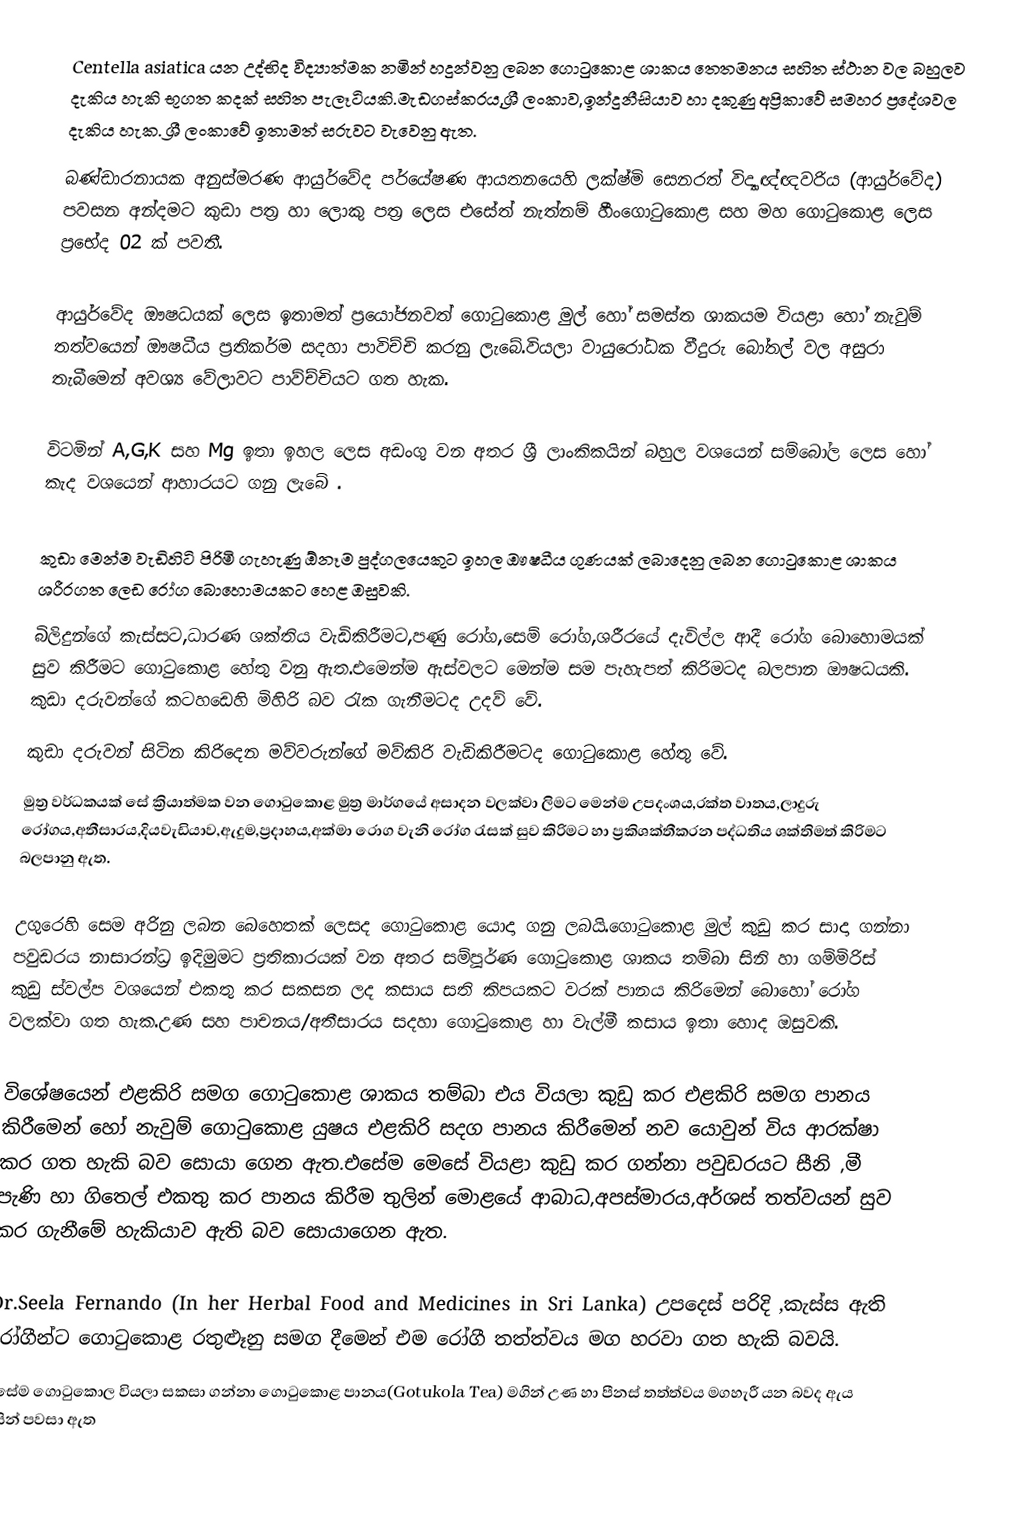
Centella asiatica යන උද්භිද විද්‍යාත්මක නමින් හදුන්වනු ලබන ගොටුකොළ ශාකය තෙතමනය සහිත ස්ථාන වල බහුලව දැකිය හැකි භූගත කදක් සහිත පැලෑටියකි.මැඩගස්කරය,ශ්‍රී ලංකාව,ඉන්දුනීසියාව හා දකුණු අප්‍රිකාවේ සමහර ප්‍රදේශවල  දැකිය හැක. ශ්‍රී ලංකාවේ ඉතාමත් සරුවට වැවෙනු ඇත.
බණ්ඩාරනායක අනුස්මරණ ආයුර්වේද පර්යේෂණ ආයතනයෙහි ලක්ෂ්මි සෙනරත් විද්‍යාඥ්ඥවරිය (ආයුර්වේද) පවසන අන්දමට කුඩා පත්‍ර හා ලොකු පත්‍ර ලෙස එසේත් නැත්නම් හීංගොටුකොළ සහ මහ ගොටුකොළ ලෙස ප්‍රභේද 02 ක් පවතී.

ආයුර්වේද ඖෂධයක් ලෙස ඉතාමත් ප්‍රයෝජනවත් ගොටුකොළ මුල් හෝ සමස්ත ශාකයම වියළා හෝ නැවුම් තත්වයෙන් ඖෂධීය ප්‍රතිකර්ම සදහා පාවිච්චි කරනු ලැබේ.වියලා වායුරෝධක වීදුරු බෝතල් වල අසුරා තැබීමෙන් අවශ්‍ය වේලාවට පාව්ච්චියට ගත හැක.

විටමින් A,G,K සහ Mg ඉතා ඉහල ලෙස අඩංගු වන අතර ශ්‍රී ලාංකිකයින් බහුල වශයෙන් සම්බෝල ලෙස හෝ කැද වශයෙන් ආහාරයට ගනු ලැබේ .

කුඩා මෙන්ම වැඩිහිටි පිරිමි ගැහැණු ඕනෑම පුද්ගලයෙකුට ඉහල ඖෂධීය ගුණයක් ලබාදෙනු ලබන ගොටුකොළ ශාකය ශරීරගත ලෙඩ රෝග බොහොමයකට හෙළ ඔසුවකි.
බිලිදුන්ගේ කැස්සට,ධාරණ ශක්තිය වැඩිකිරීමට,පණු රෝග,සෙම් රෝග,ශරීරයේ දැවිල්ල ආදී රෝග බොහොමයක් සුව කිරීමට ගොටුකොළ හේතු වනු ඇත.එමෙන්ම ඇස්වලට මෙන්ම සම පැහැපත් කිරිමටද බලපාන ඖෂධයකි. කුඩා දරුවන්ගේ කටහඩෙහි මිහිරි බව රැක ගැනීමටද උදව් වේ.
කුඩා දරුවන් සිටින කිරිදෙන මව්වරුන්ගේ මව්කිරි වැඩිකිරීමටද ගොටුකොළ හේතු වේ.
මුත්‍ර වර්ධකයක් සේ ක්‍රියාත්මක වන ගොටුකොළ මුත්‍ර මාර්ගයේ අසාදන වලක්වා ලිමට මෙන්ම උපදංශය,රක්ත වාතය,ලාදුරු රෝගය,අතීසාරය,දියවැඩියාව,ඇදුම,ප්‍රදාහය,අක්මා රොග වැනි රෝග රැසක් සුව කිරිමට හා ප්‍රකිශක්තීකරන පද්ධතිය ශක්තිමත් කිරිමට බලපානු ඇත.

උගුරෙහි සෙම අරිනු ලබන බෙහෙතක් ලෙසද ගොටුකොළ යොදා ගනු ලබයි.ගොටුකොළ මුල් කුඩු කර සාදා ගන්නා පවුඩරය නාසාරන්ධ්‍ර ඉදිමුමට ප්‍රතිකාරයක් වන අතර සම්පූර්ණ ගොටුකොළ ශාකය තම්බා සිනි හා ගම්මිරිස් කුඩු ස්වල්ප වශයෙන් එකතු කර සකසන ලද කසාය සති කිපයකට වරක් පානය කිරිමෙන් බොහෝ රෝග වලක්වා ගත හැක.උණ සහ පාචනය/අතීසාරය සදහා ගොටුකොළ හා වැල්මී කසාය ඉතා හොද ඔසුවකි.

විශේෂයෙන් එළකිරි සමග ගොටුකොළ ශාකය තම්බා එය වියලා කුඩු කර එළකිරි සමග පානය කිරීමෙන් හෝ නැවුම් ගොටුකොළ යුෂය එළකිරි සදග පානය කිරීමෙන් නව යොවුන් විය ආරක්ෂා කර ගත හැකි බව සොයා ගෙන ඇත.එසේම මෙසේ වියළා කුඩු කර ගන්නා පවුඩරයට සීනි ,මී පැණි හා ගිතෙල් එකතු කර පානය කිරීම තුලින් මොළයේ ආබාධ,අපස්මාරය,අර්ශස්  තත්වයන් සුව කර ගැනීමේ හැකියාව ඇති බව සොයාගෙන ඇත.

Dr.Seela Fernando (In her Herbal Food and Medicines in Sri Lanka) උපදෙස් පරිදි ,කැස්ස ඇති රෝගීන්ට ගොටුකොළ රතුළූනු සමග දීමෙන් එම රෝගී තත්ත්වය මග හරවා ගත හැකි බවයි.
එසේම ගොටුකොල වියලා සකසා ගන්නා ගොටුකොළ පානය(Gotukola Tea) මගින් උණ හා පීනස් තත්ත්වය මගහැරී යන බවද ඇය විසින් පවසා ඇත